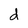
Character: d